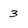
Character: 3